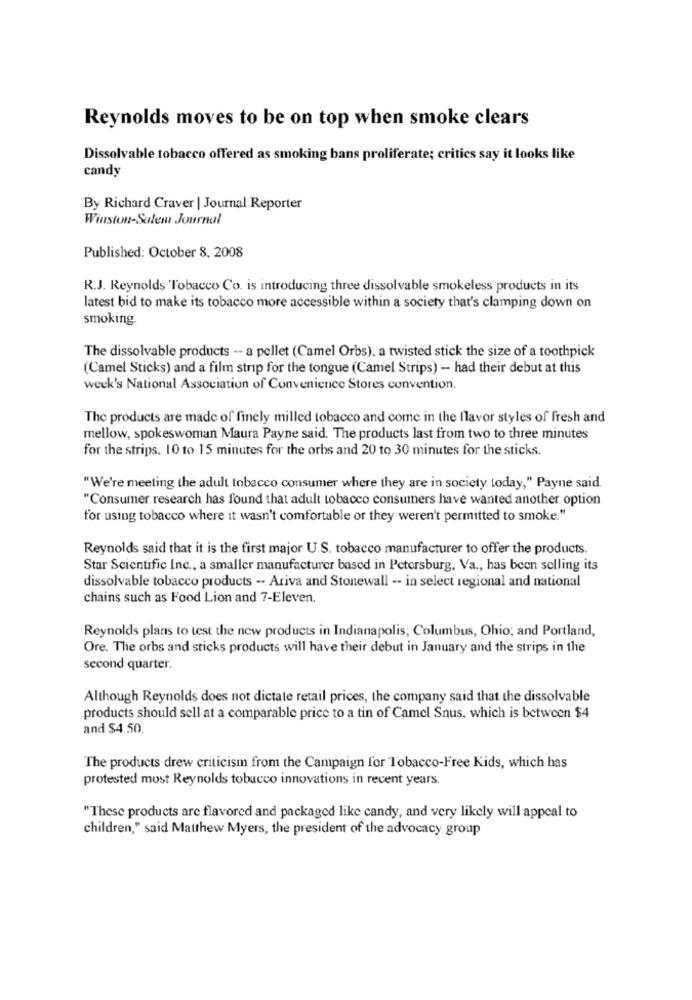
Reynolds moves to be on top when smoke clears
Dissolvable tobacco offered as smoking bans proliferate; critics say it looks like
candy
By Richard Craver | Journal Reporter
Winston-Salem Journal
Published: October 8. 2008
R.J. Reynolds Tobacco Co. is introducing three dissolvable smokeless products in its
latest bid to make its tobacco more accessible within a society that's clamping down on
smoking.
The dissolvable products -- a pellet (Camel Orbs), a twisted stick the size of a toothpick
(Camel Sticks) and a film strip for the tongue (Camel Strips) - had their debut at this
week's National Association of Convenience Stores convention.
The products are made of finely milled tobacco and come in the flavor styles of fresh and
mellow, spokeswoman Maura Payne said. The products last from two to three minutes
for the strips. 10 to 15 minutes for the orbs and 20 to 30 minutes for the sticks.
"We're meeting the adult tobacco consumer where they are in society today," Payne said.
"Consumer research has found that adult tobacco consumers have wanted another option
for using tobacco where it wasn't comfortable or they weren't permitted to smoke."
Reynolds said that it is the first major U.S. tobacco manufacturer to offer the products.
Star Scientific Inc ., a smaller manufacturer based in Petersburg, Va ., has been selling its
dissolvable tobacco products -- Ariva and Stonewall -- in select regional and national
chains such as Food Lion and 7-Eleven.
Reynolds plans to test the new products in Indianapolis; Columbus, Ohio; and Portland,
Ore. The orbs and sticks products will have their debut in January and the strips in the
second quarter.
Although Reynolds does not dictate retail prices, the company said that the dissolvable
products should sell at a comparable price to a tin of Camel Snus, which is between $4
and $4.50.
The products drew criticism from the Campaign for Tobacco-Free Kids, which has
protested most Reynolds tobacco innovations in recent years.
"These products are flavored and packaged like candy, and very likely will appeal to
children," said Matthew Myers, the president of the advocacy group